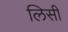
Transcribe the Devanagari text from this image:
लिसी